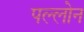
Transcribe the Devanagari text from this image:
पल्लोन